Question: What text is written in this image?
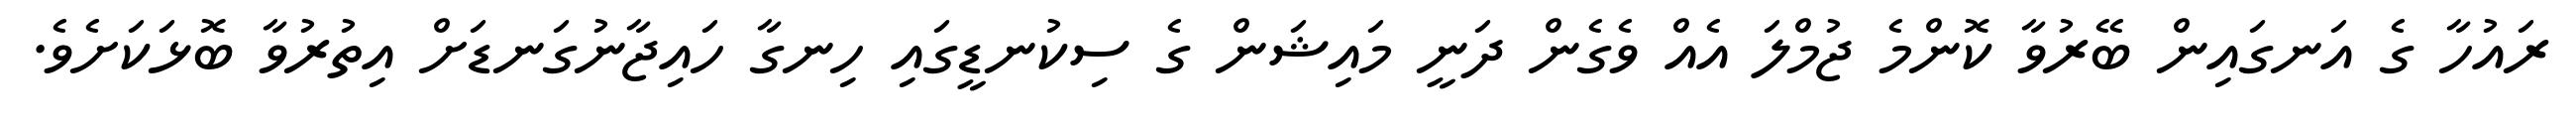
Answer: ރައުހާ ގެ އަނގައިން ބޭރުވާ ކޮންމެ ޖުމްލަ އެއް ވެގެން ދަނީ މައިޝަން ގެ ސިކުނޑީގައި ހިނގާ ހައިޖާނުގަނޑަށް އިތުރުވާ ބޮޅަކަށެވެ.